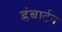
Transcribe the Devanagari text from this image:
डंबार्टन